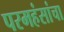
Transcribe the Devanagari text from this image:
परमहंसांचा